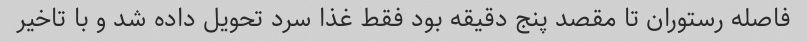
فاصله رستوران تا مقصد پنج دقیقه بود فقط غذا سرد تحویل داده شد و با تاخیر